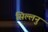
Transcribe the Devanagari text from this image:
सिल्लनु